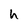
Character: h